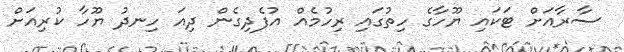
ސާރާއަށް ޓަކައި ޔޫހާގެ ހިތުގައި ރިހުމެއް އުފެދިގެން ދިއަ ހިނދު ޔޫހާ ކުރިއަށް